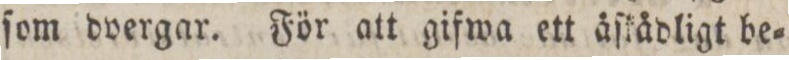
ſom dvergar. För att gifwa ett åſkådligt be=